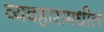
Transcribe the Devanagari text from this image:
व्यवहारामधील